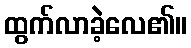
ထွက်လာခဲ့လေ၏။